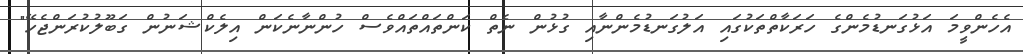
އެހެންވީމަ އަޅުގަނޑުމެންގެ ހަރަކާތްތަކުގައި އަލުގަނޑުމެންނާއި ގުޅުން ނެތް ކަންތައްތައްވެސް ހުންނާނެކަން އިލެކްޝަނުން ގަބޫލުކުރަންޖެހޭ"